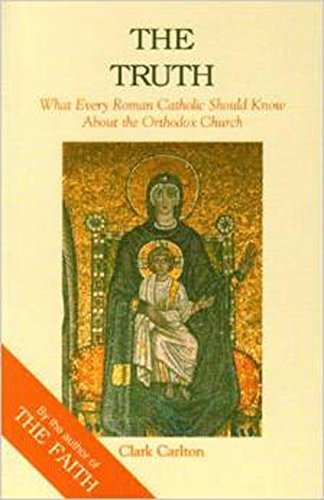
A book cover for Truth: What Every Roman Catholic Should Know About the Orthodox Church (Faith Catechism); Clark Carlton; Christian Books & Bibles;